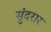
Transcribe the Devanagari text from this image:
सुंदरार